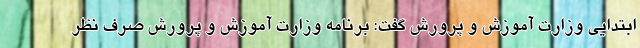
ابتدایی وزارت آموزش و پرورش گفت: برنامه وزارت آموزش و پرورش صرف نظر